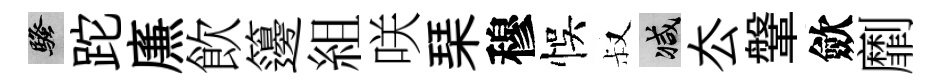
騷跎㢘飲籩組咲琹穆悞叔减厺鞶歛劘